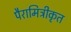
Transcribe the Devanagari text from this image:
पैरामिट्रीकृत